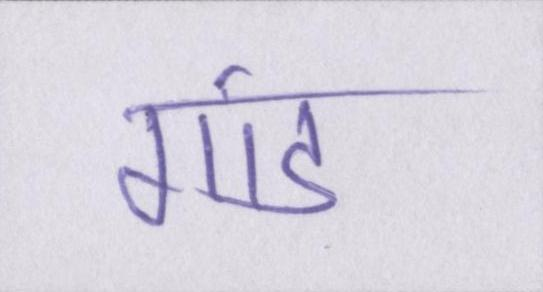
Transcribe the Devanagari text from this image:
गांड